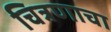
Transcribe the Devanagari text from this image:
चित्रणाचा